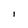
Character: I